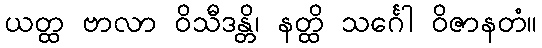
ယတ္ထ ဗာလာ ဝိသီဒန္တိ၊ နတ္ထိ သင်္ဂေါ ဝိဇာနတံ။